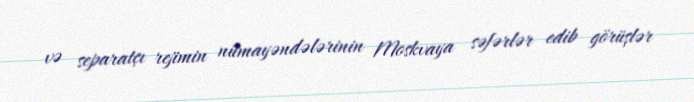
və separatçı rejimin nümayəndələrinin Moskvaya səfərlər edib görüşlər